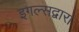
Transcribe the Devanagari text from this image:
इगल्सद्वारा